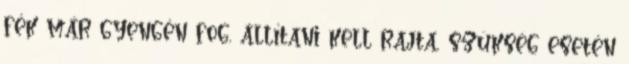
fék már gyengén fog, állítani kell rajta, szükség esetén